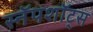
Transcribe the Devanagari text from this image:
स्नॅपशॉट्स